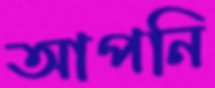
আপনি